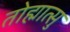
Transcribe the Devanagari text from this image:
तोह्मात्सु